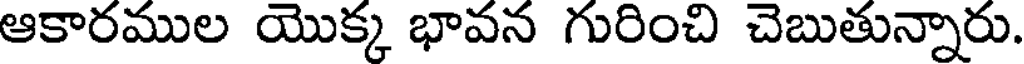
ఆకారముల యొక్క భావన గురించి చెబుతున్నారు.